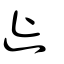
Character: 徙